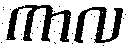
ကာလ